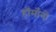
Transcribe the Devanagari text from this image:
हॉर्मोनो